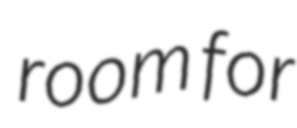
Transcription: room for